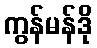
ကွန်မန်ဒို